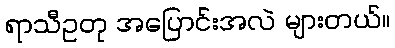
ရာသီဥတု အပြောင်းအလဲ များတယ်။